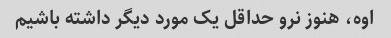
اوه، هنوز نرو حداقل یک مورد دیگر داشته باشیم